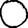
Digit: 0